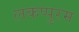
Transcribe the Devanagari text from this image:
लकप्पुरम